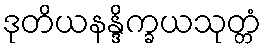
ဒုတိယနန္ဒိက္ခယသုတ္တံ